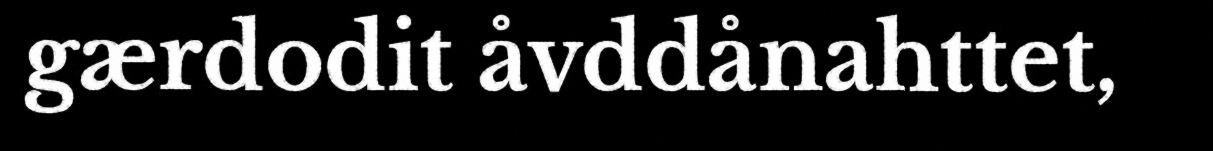
gærdodit åvddånahttet,